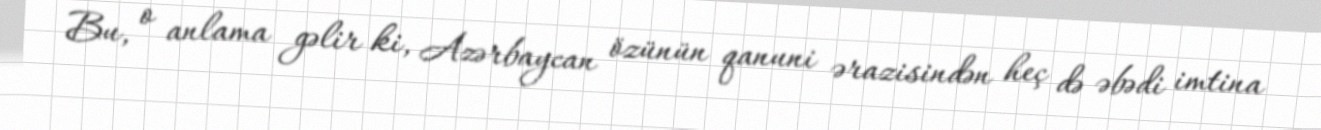
Bu, o anlama gəlir ki, Azərbaycan özünün qanuni ərazisindən heç də əbədi imtina